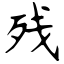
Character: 残